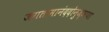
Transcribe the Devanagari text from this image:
जगतामानंददोनुज्ञया